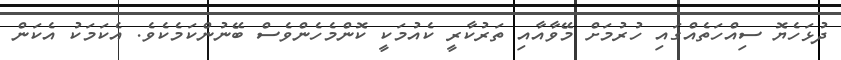
ދުޅަހެޔޮ ސިއްހަތެއްގައި ހުރުމަށް މޭވާއާއި ތަރުކާރީ ކެއުމަކީ ކޮންމެހެންވެސް ބޭނުންކަމެކެވެ. އެކަމަކު އެކަން